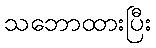
သဘောထားပြီး